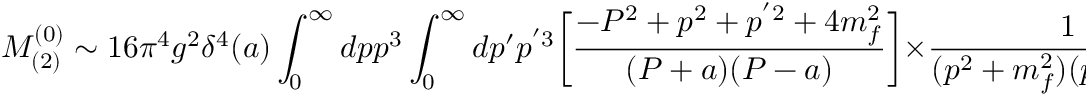
M _ { ( 2 ) } ^ { ( 0 ) } \sim 1 6 \pi ^ { 4 } g ^ { 2 } \delta ^ { 4 } ( a ) \int _ { 0 } ^ { \infty } d p p ^ { 3 } \int _ { 0 } ^ { \infty } d p ^ { \prime } p ^ { ' 3 } \biggl [ \frac { - P ^ { 2 } + p ^ { 2 } + p ^ { ' 2 } + 4 m _ { f } ^ { 2 } } { ( P + a ) ( P - a ) } \biggr ] \times \frac { 1 } { ( p ^ { 2 } + m _ { f } ^ { 2 } ) ( p ^ { 2 } + m _ { f } ^ { 2 } ) } \exp \biggl [ - \frac { ( p ^ { 2 } + p ^ { 2 } + 2 m _ { f } ^ { 2 } ) } { 2 \Lambda _ { S M } ^ { 2 } } - \frac { P ^ { 2 } + m ^ { 2 } } { 2 \Lambda _ { S M } ^ { 2 } } \biggr ] ,